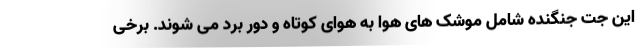
این جت جنگنده شامل موشک های هوا به هوای کوتاه و دور برد می شوند. برخی